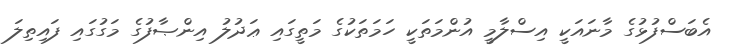
އެބަސްފުޅުގެ މާނައަކީ އިސްލާމީ އުންމަތަކީ ހަމަތަކުގެ މަތީގައި ޢަދުލު އިންޞާފުގެ މަގުގައި ފައިތިލަ